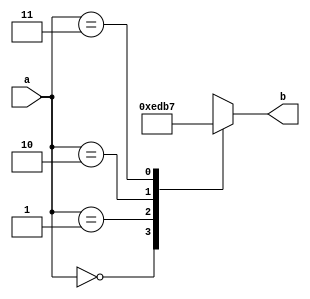
module case_decoder_2_4 
(
input [1:0] a,
output reg [3:0] b
);

generate
 always @(a)
  begin
   case (a)
     2'b00 : b = 4'b1110;
     2'b01 : b = 4'b1101;
     2'b10 : b = 4'b1011;
     2'b11 : b = 4'b0111;
     default b = 'bx;
   endcase
  end
endgenerate
endmodule